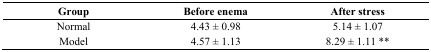
<table><thead><tr><td><b>Group</b></td><td><b>Before enema</b></td><td><b>After stress</b></td></tr></thead><tbody><tr><td>Normal</td><td>4.43 ± 0.98</td><td>5.14 ± 1.07</td></tr><tr><td>Model</td><td>4.57 ± 1.13</td><td>8.29 ± 1.11 **</td></tr></tbody></table>